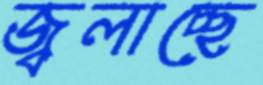
জ্বলাচ্ছে